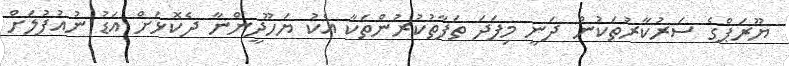
ޔޫރަޕްގެ ސަރުކާރުތަކުން ދަނީ މިފަދަ ތަފާތުކުރުންތަކާ އެކު ޔަހޫދީންނާ ދެކޮޅަށް އަޑު ނުއުފުލަށް